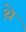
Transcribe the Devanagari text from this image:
थे़